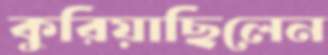
কুরিয়াছিলেন